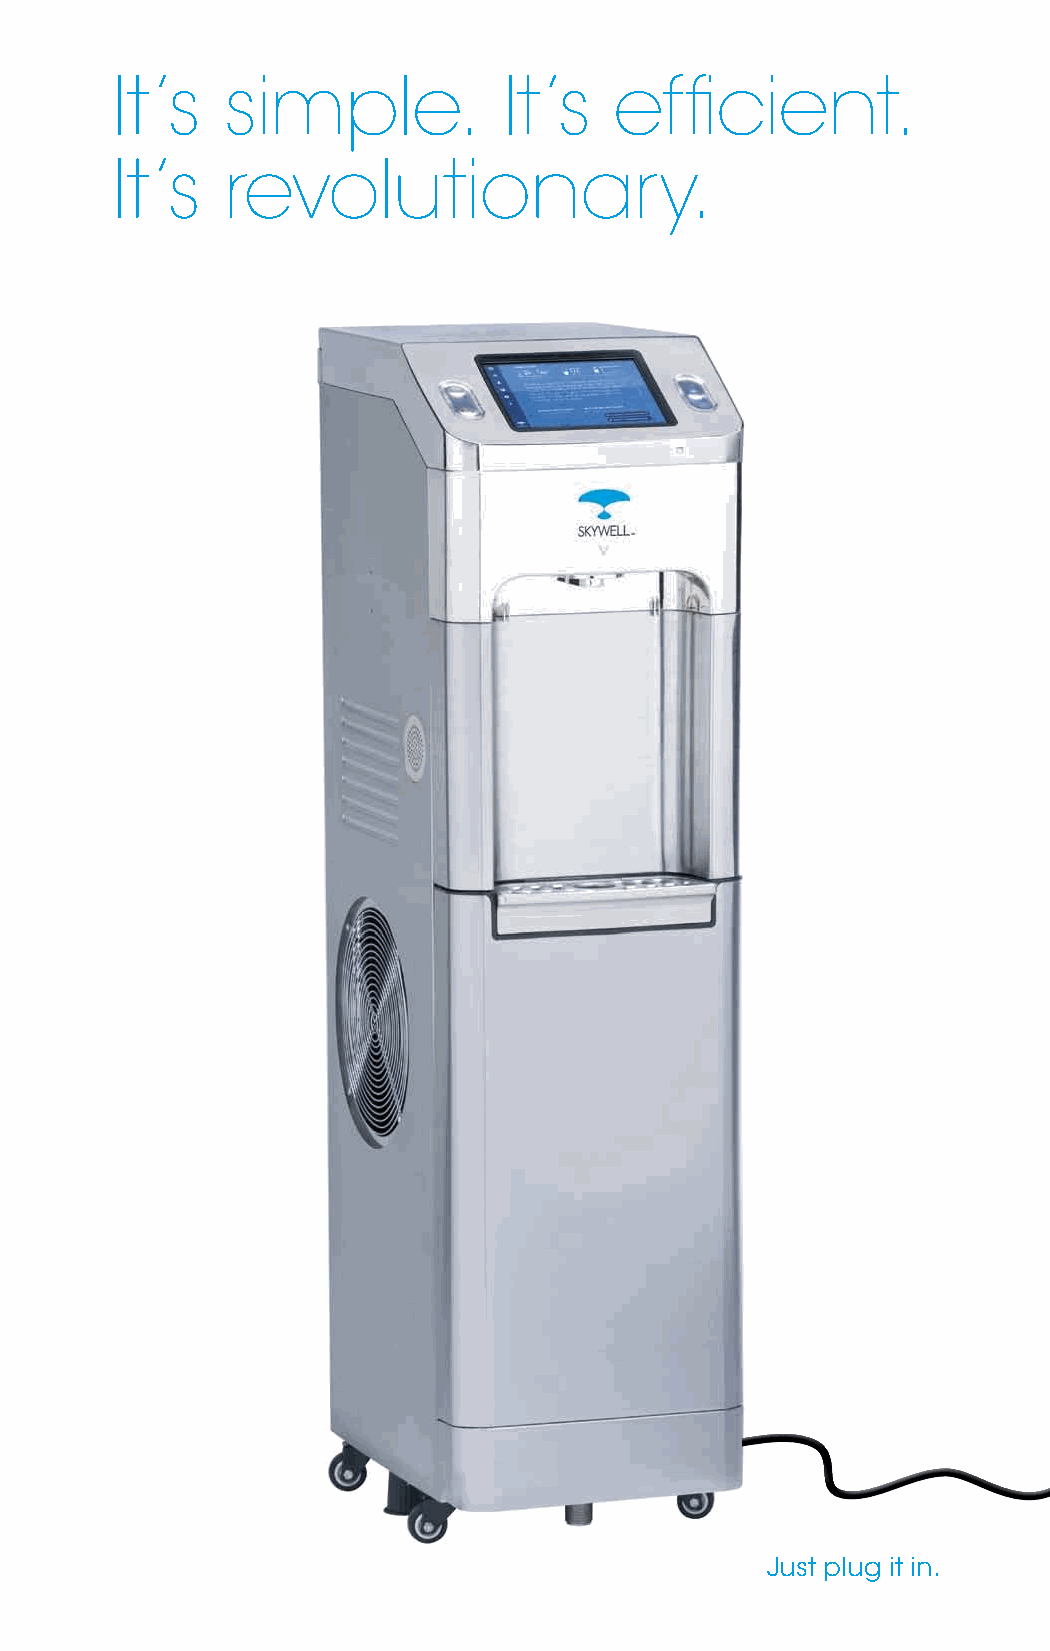
It’s    simple.           It’s    efficient.
 It’s    revolutionary.
 Just plug it in.